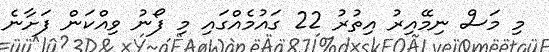
މި މަސް ނިމޭއިރު އިތުރު 22 ގައުމެއްގައި މި ފޯނު ވިއްކަން ފަށާނެ